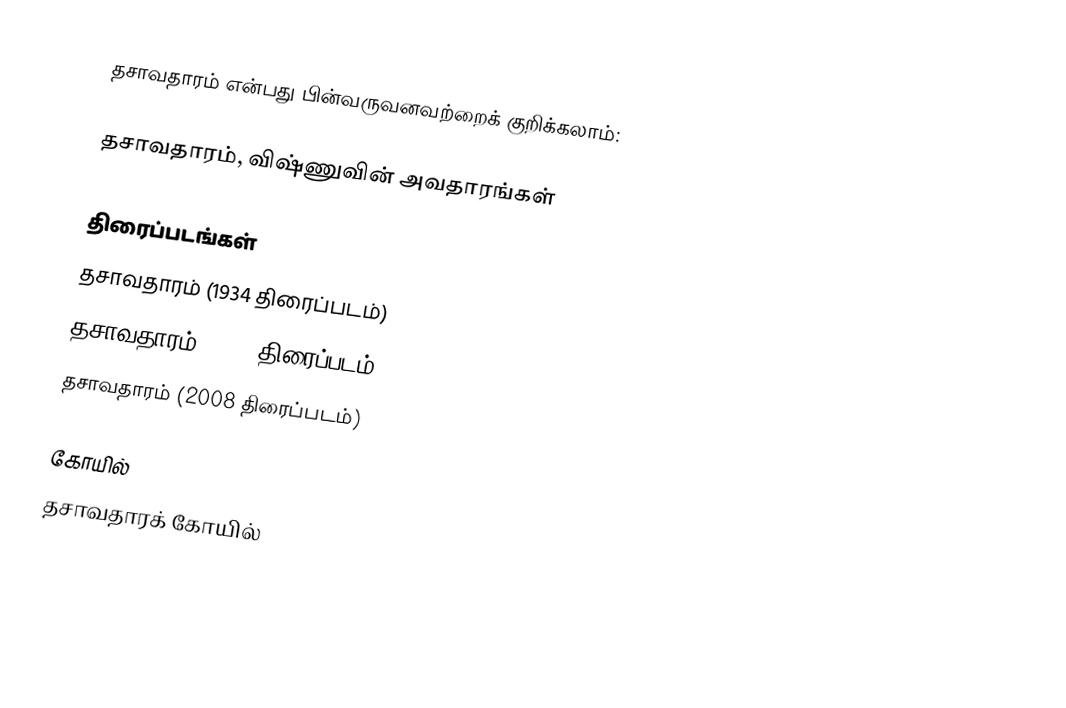
தசாவதாரம் என்பது பின்வருவனவற்றைக் குறிக்கலாம்:

தசாவதாரம், விஷ்ணுவின் அவதாரங்கள்

திரைப்படங்கள்
தசாவதாரம் (1934 திரைப்படம்)
தசாவதாரம் (1976 திரைப்படம்)
தசாவதாரம் (2008 திரைப்படம்)

கோயில்
 தசாவதாரக் கோயில்